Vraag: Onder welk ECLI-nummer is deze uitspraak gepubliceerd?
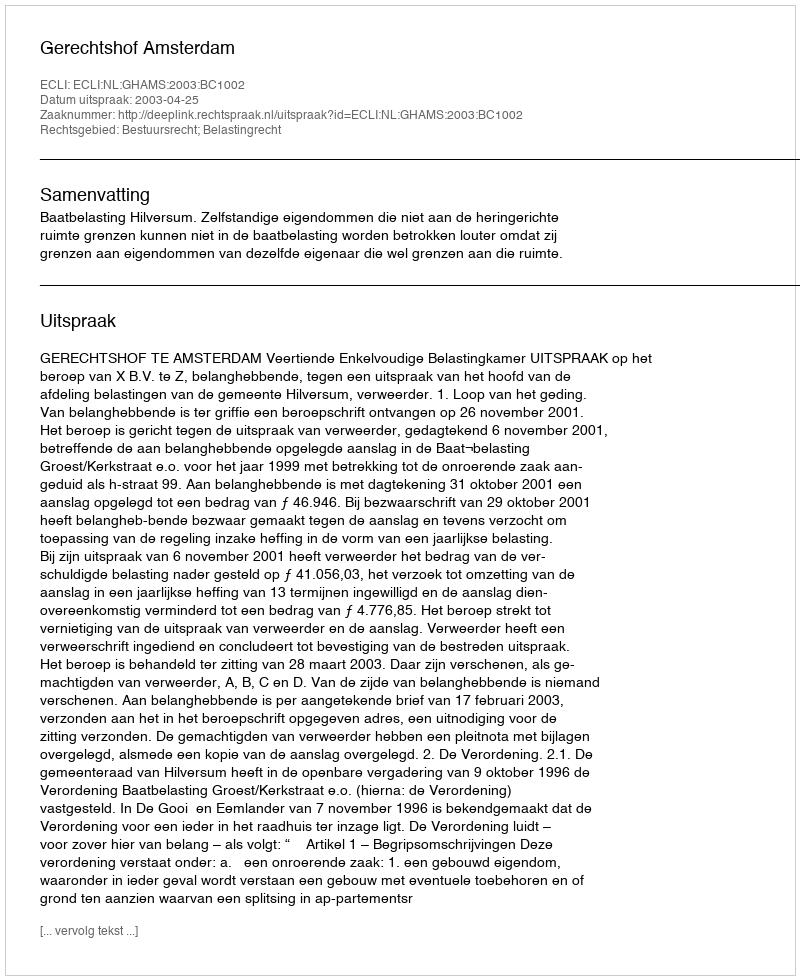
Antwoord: ECLI:NL:GHAMS:2003:BC1002